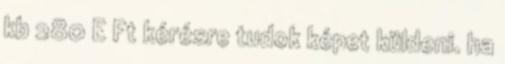
kb 280 E Ft kérésre tudok képet küldeni. ha